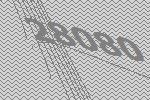
28080